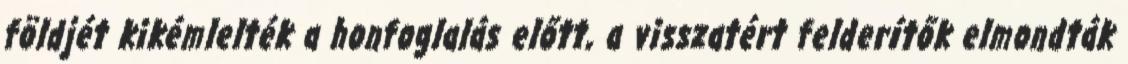
földjét kikémlelték a honfoglalás előtt, a visszatért felderítők elmondták